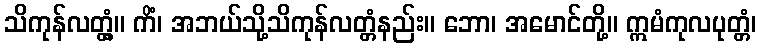
သိကုန်လတ္တံ့။ ကိံ၊ အဘယ်သို့သိကုန်လတ္တံနည်း။ ဘော၊ အမောင်တို့။ ဣမံကုလပုတ္တံ၊